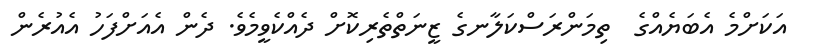
އަކަށްމެ އެބަޔެއްގެ  ތިމަންރަސްކަލާނގެ ޒީނަތްތެރިކޮށް ދެއްކެވީމެވެ. ދެން އެއަށްފަހު އެއުރެން